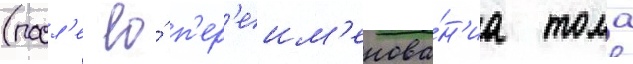
(посл'е ео́ п'ер'еим'енова́н'иа тома